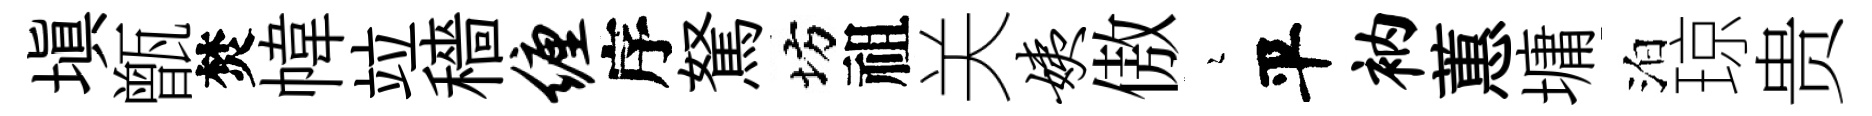
塡甑焚幃竝穡缠序駑坊祖关姨傲瑟平衲蕙墉泊琼贵